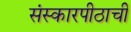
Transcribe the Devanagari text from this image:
संस्कारपीठाची